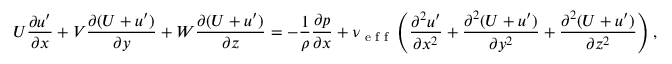
U \frac { \partial u ^ { \prime } } { \partial x } + V \frac { \partial ( U + u ^ { \prime } ) } { \partial y } + W \frac { \partial ( U + u ^ { \prime } ) } { \partial z } = - \frac { 1 } { \rho } \frac { \partial p } { \partial x } + \nu \textsubscript { e f f } \left( \frac { \partial ^ { 2 } u ^ { \prime } } { \partial x ^ { 2 } } + \frac { \partial ^ { 2 } ( U + u ^ { \prime } ) } { \partial y ^ { 2 } } + \frac { \partial ^ { 2 } ( U + u ^ { \prime } ) } { \partial z ^ { 2 } } \right) ,